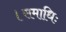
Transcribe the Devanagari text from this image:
।समाधिः